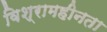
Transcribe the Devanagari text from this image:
विश्रामहीनता